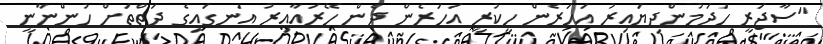
"ސާޖަރީ ހަދަމުންދިޔައިރު އަހަރެން ހީކުރީ އަހަރެން ދެން ހޭރައާއިރު އަނގައިގެ ދަތްތަށް ހުންނާނީ